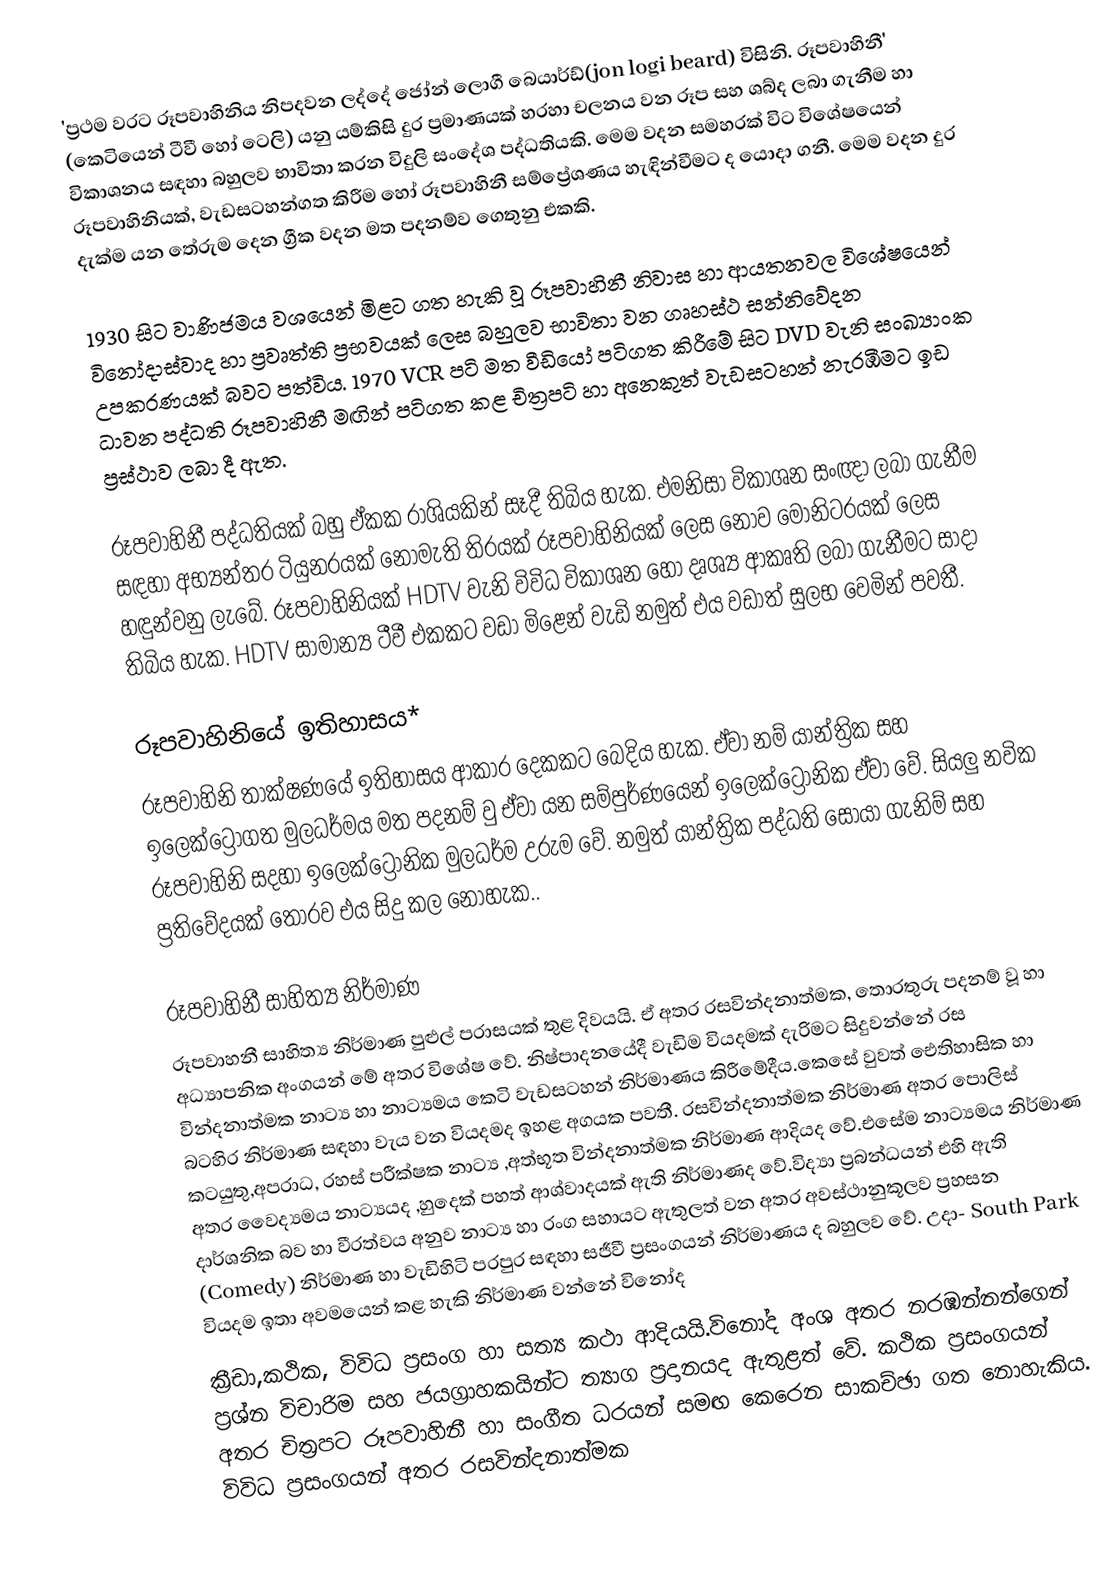
'ප්‍රථම වරට රූපවාහිනිය නිපදවන ලද්දේ ජෝන් ලොගී බෙයාර්ඩ්(jon logi beard) විසිනි. රූපවාහිනී' (කෙටියෙන් ටීවී හෝ ටෙලි) යනු යම්කිසි දුර ප්‍රමාණයක් හරහා චලනය වන රූප සහ ශබ්ද ලබා ගැනීම හා විකාශනය සඳහා බහුලව භාවිතා කරන විදුලි සංදේශ පද්ධතියකි. මෙම වදන සමහරක් විට විශේෂයෙන් රූපවාහිනියක්, වැඩසටහන්ගත කිරීම හෝ රූපවාහිනී සම්ප්‍රේශණය හැඳින්වීමට ද යොදා ගනී. මෙම වදන දුර දැක්ම යන තේරුම දෙන ග්‍රීක වදන මත පදනම්ව ගෙතුනු එකකි.

1930 සිට වාණිජමය වශයෙන් මිළට ගත හැකි වූ රූපවාහිනී නිවාස හා ආයතනවල විශේෂයෙන් විනෝදාස්වාද හා ප්‍රවෘත්ති ප්‍රභවයක් ලෙස බහුලව භාවිතා වන ගෘහස්ථ සන්නිවේදන උපකරණයක් බවට පත්විය. 1970 VCR පටි මත වීඩියෝ පටිගත කිරීමේ සිට DVD වැනි සංඛ්‍යාංක ධාවන පද්ධති රූපවාහිනී මඟින් පටිගත කළ චිත්‍රපටි හා අනෙකුත් වැඩසටහන් නැරඹීමට ඉඩ ප්‍රස්ථාව ලබා දී ඇත.

රූපවාහිනී පද්ධතියක් බහු ඒකක රාශියකින් සෑදී තිබිය හැක. එමනිසා විකාශන සංඥා ලබා ගැනීම සඳහා අභ්‍යන්තර ටියුනරයක් නොමැති තිරයක් රූපවාහිනියක් ලෙස නොව මොනිටරයක් ලෙස හඳුන්වනු ලැබේ. රූපවාහිනියක් HDTV වැනි විවිධ විකාශන හෝ දෘශ්‍ය ආකෘති ලබා ගැනීමට සාදා තිබිය හැක. HDTV සාමාන්‍ය ටීවී එකකට වඩා මිළෙන් වැඩි නමුත් එය වඩාත් සුලභ වෙමින් පවතී.

රූපවාහිනියේ ඉතිහාසය*
රූපවාහිනි තාක්ෂණයේ ඉතිහාසය ආකාර දෙකකට බෙදිය හැක. ඒවා නම් යාන්ත්‍රික සහ ඉලෙක්ට්‍රෝගත මුලධර්මය මත පදනම් වු ඒවා යන සම්පුර්ණයෙන් ‍ඉලෙක්ට්‍රෝනික ඒවා වේ. සියලු නවික රූපවාහිනි සදහා ඉලෙක්ට්‍රෝනික මුලධර්ම උරුම වේ. නමුත් යාන්ත්‍රික පද්ධති සොයා ගැනිම් සහ ප්‍රතිවේදයක් තොරව එය සිදු කල නොහැක..

රූපවාහිනී සාහිත්‍ය නිර්මාණ
රූපවාහනී සාහිත්‍ය නිර්මාණ පුළුල් පරාසයක් තුළ දිවයයි. ඒ අතර රසවින්දනාත්මක, තොරතුරු පදනම් වූ හා අධ්‍යාපනික අංගයන් මේ අතර විශේෂ වේ. නිෂ්පාදනයේදී වැඩිම වියදමක් දැරිමට සිදුවන්නේ රස වින්දනාත්මක නාට්‍ය හා නාට්‍යමය කෙටි වැඩසටහන් නිර්මාණය කිරීමේදීය.කෙසේ වුවත් ඓතිහාසික හා බටහිර නිර්මාණ සඳහා වැය වන වියදමද ඉහළ අගයක පවතී. රසවින්දනාත්මක නිර්මාණ අතර පොලිස් කටයුතු,අපරාධ, රහස් පරීක්ෂක නාට්‍ය ,අත්භූත වින්දනාත්මක නිර්මාණ ආදියද වේ.එසේම නාට්‍යමය නිර්මාණ අතර වෛද්‍යමය නාට්‍යයද ,හුදෙක් පහත් ආශ්වාදයක් ඇති නිර්මාණද වේ.විද්‍යා ප්‍රබන්ධයන් එහි ඇති දාර්ශනික බව හා වීරත්වය අනුව නාට්‍ය හා රංග සහායට ඇතුලත් වන අතර අවස්ථානුකූලව ප්‍රහසන (Comedy) නිර්මාණ හා වැඩිහිටි පරපුර සඳහා සජීවී ප්‍රසංගයන් නිර්මාණය ද බහුලව වේ. උදා- South Park වියදම ඉතා අවමයෙන් කළ හැකි නිර්මාණ වන්නේ විනෝද
ක්‍රීඩා,කථික, විවිධ ප්‍රසංග හා සත්‍ය කථා ආදියයි.විනෝද අංශ අතර නරඹන්නන්ගෙන් ප්‍රශ්න විචාරිම සහ ජයග්‍රාහකයින්ට ත්‍යාග ප්‍රදානයද ඇතුළත් වේ. කථික ප්‍රසංගයන් අතර චිත්‍රපට රූපවාහිනී හා සංගීත ධරයන් සමඟ කෙරෙන සාකච්ඡා ගත නොහැකිය. විවිධ ප්‍රසංගයන් අතර රසවින්දනාත්මක